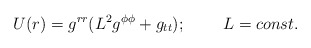
\begin{align*}U(r)=g^{rr}(L^2g^{\phi\phi}+g_{tt});\;\;\;\;\;\;\;\;L=const.\end{align*}